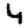
Digit: 4